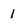
Character: 1